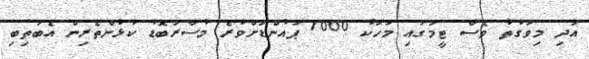
އަދި މިވަގުތު ވެސް ޓީމުގައި މަހަކު 7000 ޕައުންޑަށްވުރެ މުސާރަބޮޑު ކުޅުންތެރިން އެބަތިބި